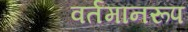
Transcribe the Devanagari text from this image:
वर्तमानरूप